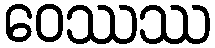
ဝေဿဿ